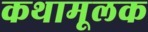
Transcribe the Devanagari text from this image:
कथामूलक